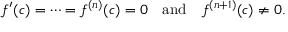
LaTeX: f ^ { \prime } ( c ) = \cdots = f ^ { ( n ) } ( c ) = 0 \quad { \mathrm { a n d } } \quad f ^ { ( n + 1 ) } ( c ) \neq 0 .